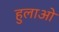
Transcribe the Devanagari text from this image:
हुलाओ